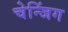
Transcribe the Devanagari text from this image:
चेन्जिंग